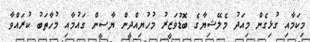
މިކަމާއި ގުޅިގެން މިއަދު މެލޭޝިޔާގެ ބޮޑުވަޒީރު މުހުޔިއްދީން ޔާސީން ގައުމާއި މުހާތަބު ކުރައްވާ